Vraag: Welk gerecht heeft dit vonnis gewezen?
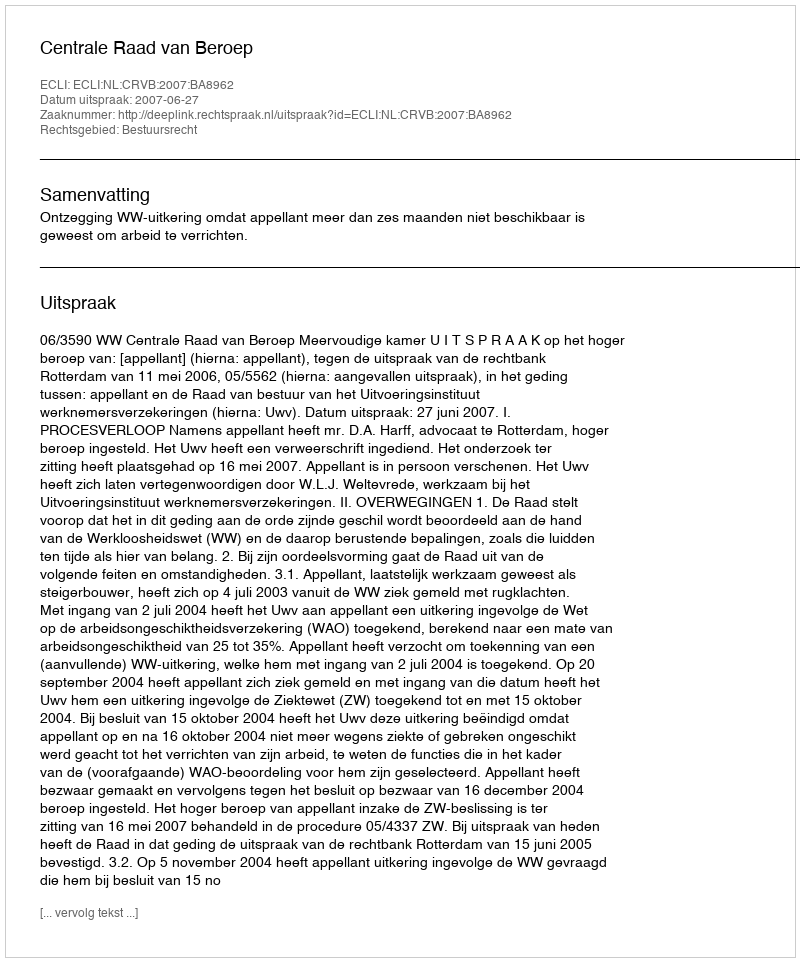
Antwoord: Centrale Raad van Beroep